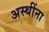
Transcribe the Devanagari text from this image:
अस्थींना